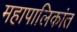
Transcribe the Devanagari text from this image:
महापालिकांत